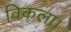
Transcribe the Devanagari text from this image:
विकला।